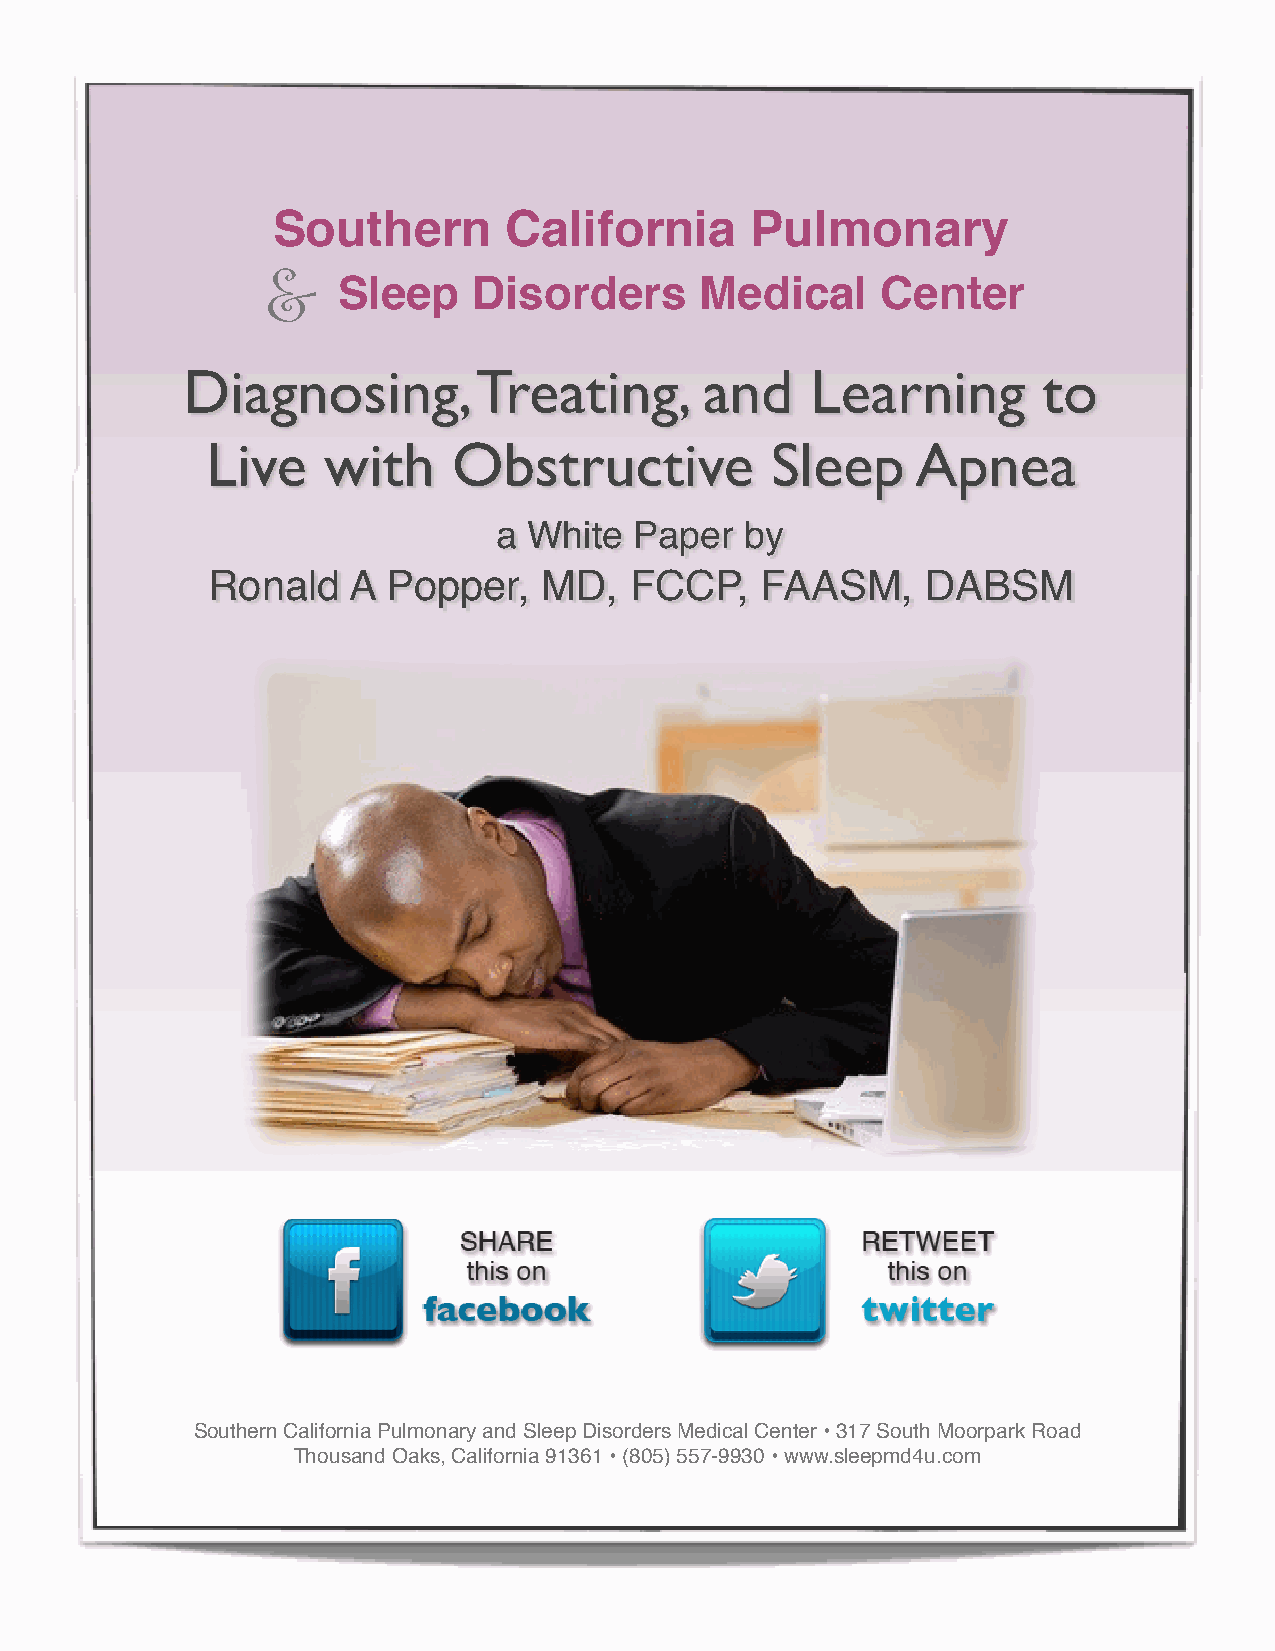
Southern        California      Pulmonary
 &   Sleep    Disorders      Medical     Center
 Diagnosing,        Treating,       and    Learning       to
 Live   with     Obstructive          Sleep     Apnea
 a White  Paper  by
 Ronald   A  Popper,   MD,   FCCP,   FAASM,     DABSM
 Southern California Pulmonary and Sleep Disorders Medical Center • 317 South Moorpark Road
 Thousand Oaks, California 91361 • (805) 557-9930 • www.sleepmd4u.com